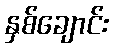
နှစ်ချောင်း